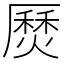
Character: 㷴